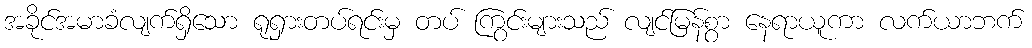
အခိုင်အမာခံလျက်ရှိသော ရုရှားတပ်ရင်းမှ တပ် ကြွင်းများသည် လျင်မြန်စွာ နေရာယူကာ လက်ယာဘက်